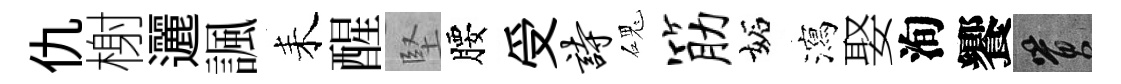
仇榭邐諷耒醒堅腰受诗磈筋妬瀉娶洵饗篔